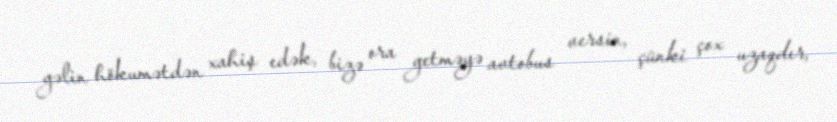
gəlin hökumətdən xahiş edək, bizə ora getməyə avtobus versin, çünki çox uzaqdır,